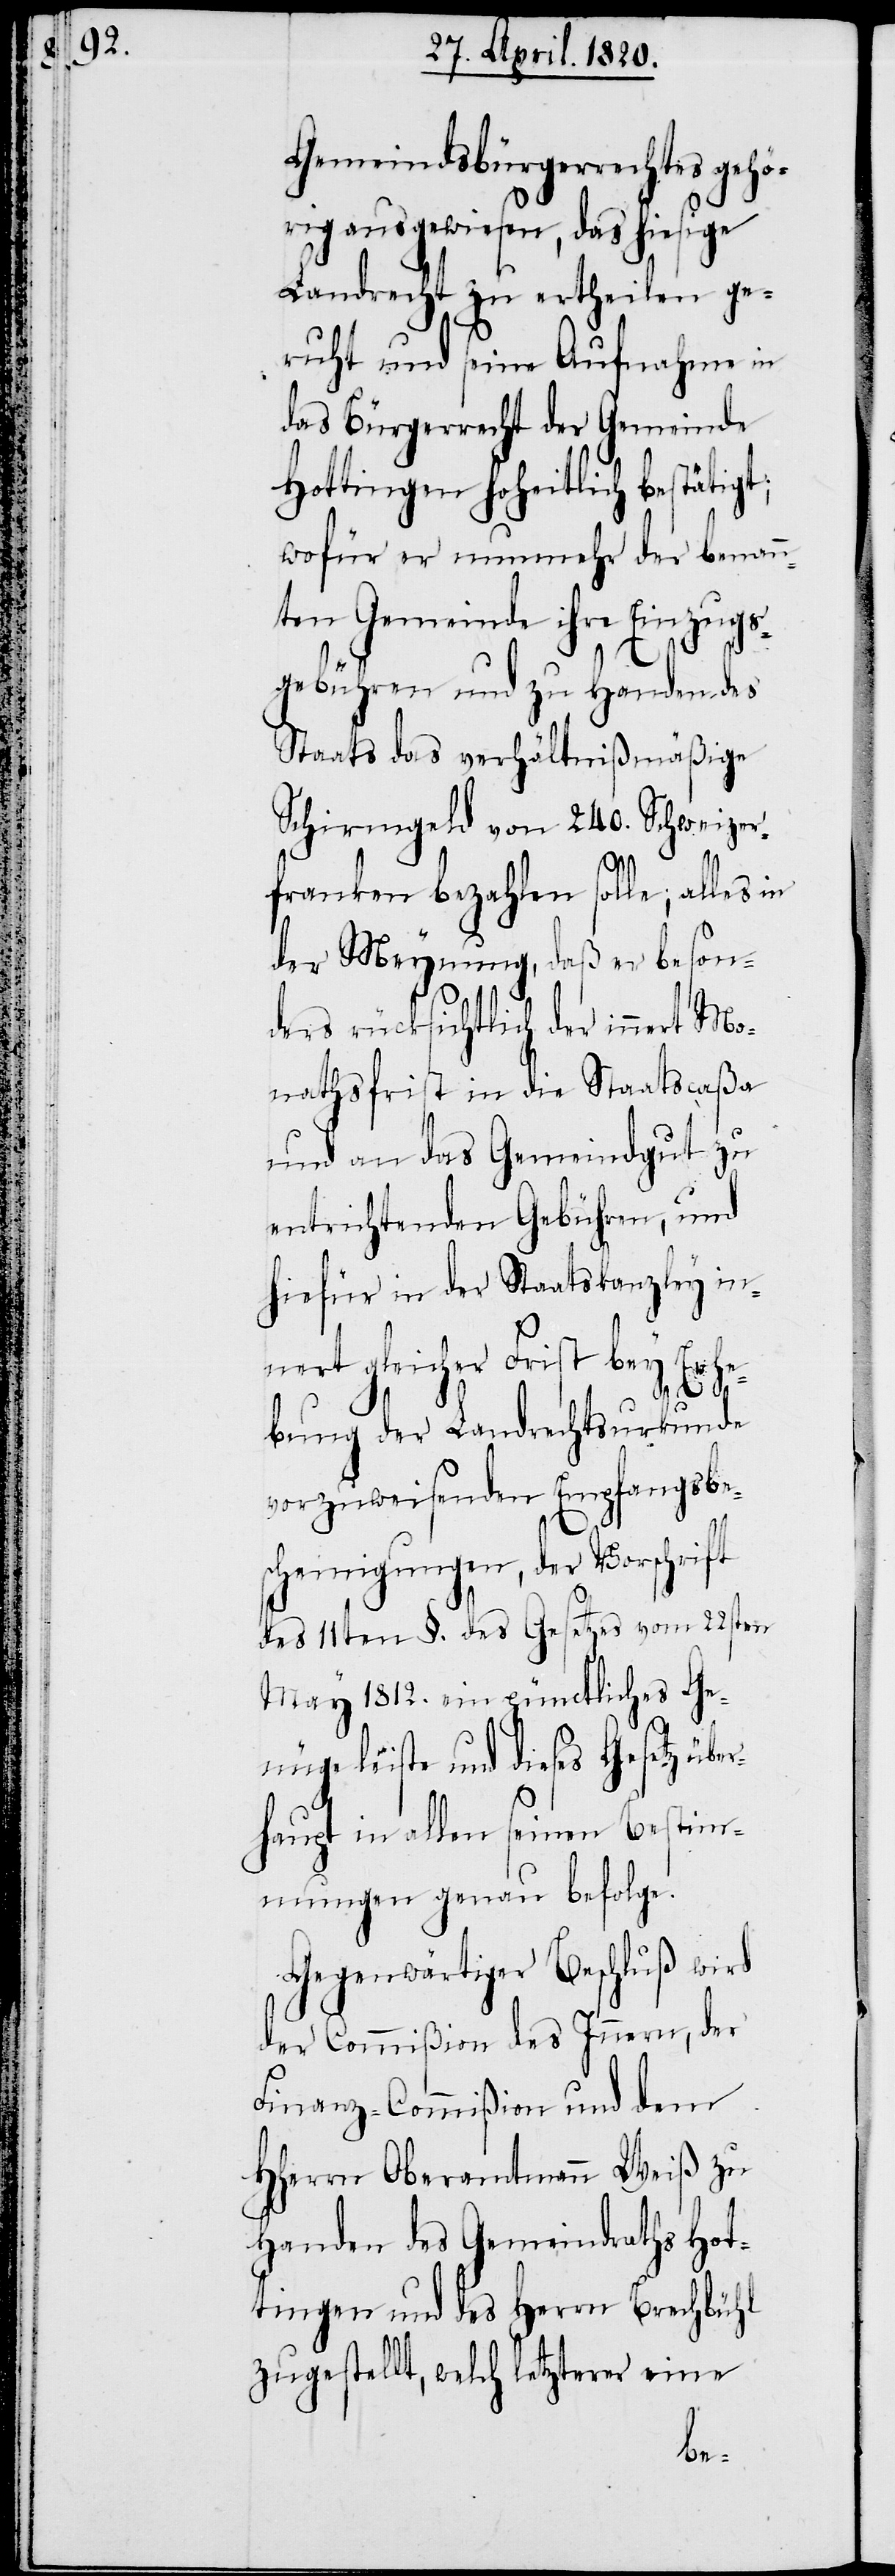
Gemeindsbürgerrechtes gehö¬
rig ausgewiesen, das hiesige
Landrecht zu ertheilen ge¬
ruht und seine Aufnahme in
das Bürgerrecht der Gemeinde
Hottingen hoheitlich bestätigt;
wofür der nunmehr der benann¬
ten Gemeinde ihre Einzugs¬
gebühren und zu Handen des
Staats das verhältnißmäßige
Schirmgeld von 240. Schweizer¬
franken bezahlen solle; alles in
der Meynung, daß er beson¬
ders rücksichtlich der innert Mo¬
nathsfrist in die Staatscaßa
und an das Gemeindgut zu
entrichtenden Gebühren, und
hiefür in der Staatskanzley inn¬
ert gleicher Frist bey Er¬
h¬
ebung der Landrechtsurkunde
vorzuweisenden Empfangsbe¬
scheinigungen, der Vorschrift
des 11ten §. des Gesetzes vom 22sten
May 1812. ein pünctliches Ge¬
nüge leiste und dieses Gesetz übe¬
rhaupt in allen seinen Bestim¬
mungen genau befolge.
Gegenwärtiger Beschluß wird
der Commißion des Innern, der
Finanz-Commißion und dem
HHerrn Oberamtmann Weiß zu
Handen des Gemeindraths Hot¬
tingen und des Herrn Brechbühl
zugestellt, welch letzterer eine